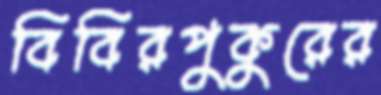
বিবিরপুকুরের